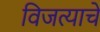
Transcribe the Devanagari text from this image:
विजत्याचे